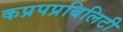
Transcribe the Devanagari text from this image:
कप्रपप्रबिलिटी